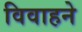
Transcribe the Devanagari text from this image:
विवाहने